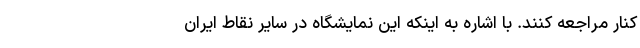
کنار مراجعه کنند. با اشاره به اینکه این نمایشگاه در سایر نقاط ایران